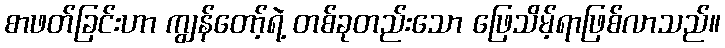
စာဖတ်ခြင်းဟာ ကျွန်တော့်ရဲ့ တစ်ခုတည်းသော ဖြေသိမ့်ရာဖြစ်လာသည်။